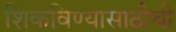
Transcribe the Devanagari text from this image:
शिकविण्यासाठीची